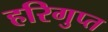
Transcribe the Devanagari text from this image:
हरिगुप्त